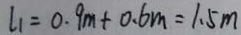
l _ { 1 } = 0 . 9 m + 0 . 6 m = 1 . 5 m